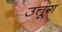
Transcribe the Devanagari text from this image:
उत्तूंग